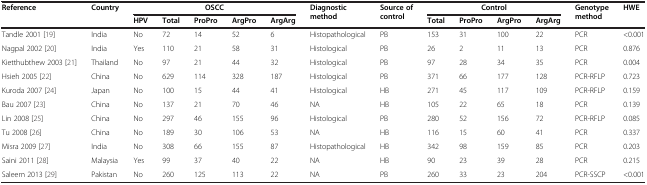
| <ROWSPAN=2> Reference | <ROWSPAN=2> Country | <COLSPAN=5> OSCC | <ROWSPAN=2> Diagnostic method | <ROWSPAN=2> Source of control | <COLSPAN=4> Control | <ROWSPAN=2> Genotype method | <ROWSPAN=2> HWE |
 | HPV | Total | ProPro | ArgPro | ArgArg | Total | ProPro | ArgPro | ArgArg |
 | --- | --- | --- | --- | --- | --- | --- | --- | --- | --- | --- | --- | --- | --- | --- |
 | Tandle 2001 [19] | India | No | 72 | 14 | 52 | 6 | Histopathological | PB | 153 | 31 | 100 | 22 | PCR | <0.001 |
 | Nagpal 2002 [20] | India | Yes | 110 | 21 | 58 | 31 | Histological | PB | 26 | 2 | 11 | 13 | PCR | 0.876 |
 | Kietthubthew 2003 [21] | Thailand | No | 97 | 21 | 44 | 32 | Histological | PB | 97 | 28 | 34 | 35 | PCR | 0.004 |
 | Hsieh 2005 [22] | China | No | 629 | 114 | 328 | 187 | Histological | PB | 371 | 66 | 177 | 128 | PCR-RFLP | 0.723 |
 | Kuroda 2007 [24] | Japan | No | 100 | 15 | 44 | 41 | Histological | HB | 271 | 45 | 117 | 109 | PCR-RFLP | 0.159 |
 | Bau 2007 [23] | China | No | 137 | 21 | 70 | 46 | NA | HB | 105 | 22 | 65 | 18 | PCR | 0.139 |
 | Lin 2008 [25] | China | No | 297 | 46 | 155 | 96 | Histological | PB | 280 | 52 | 156 | 72 | PCR-RFLP | 0.085 |
 | Tu 2008 [26] | China | No | 189 | 30 | 106 | 53 | NA | HB | 116 | 15 | 60 | 41 | PCR | 0.337 |
 | Misra 2009 [27] | India | No | 308 | 66 | 155 | 87 | Histopathological | HB | 342 | 98 | 159 | 85 | PCR | 0.203 |
 | Saini 2011 [28] | Malaysia | Yes | 99 | 37 | 40 | 22 | NA | HB | 90 | 23 | 39 | 28 | PCR | 0.215 |
 | Saleem 2013 [29] | Pakistan | No | 260 | 125 | 113 | 22 | NA | PB | 260 | 33 | 23 | 204 | PCR-SSCP | <0.001 |